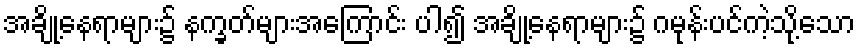
အချို့နေရာများ၌ နက္ခတ်များအကြောင်း ပါ၍ အချို့နေရာများ၌ ဂမုန်းပင်ကဲ့သို့သော